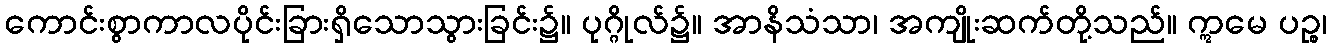
ကောင်းစွာကာလပိုင်းခြားရှိသောသွားခြင်း၌။ ပုဂ္ဂိုလ်၌။ အာနိသံသာ၊ အကျိုးဆက်တို့သည်။ ဣမေ ပဉ္စ၊